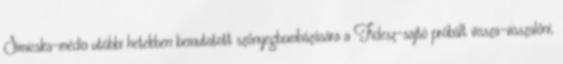
Simicska-média utóbbi hetekben bemutatott szőnyegbombázására a Fidesz-sajtó próbált vissza-visszalőni,